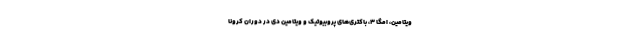
ویتامین، امگا ۳، باکتری‌های پروبیوتیک و ویتامین دی در دوران کرونا